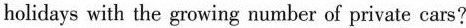
holidays with the growing number of private cars?